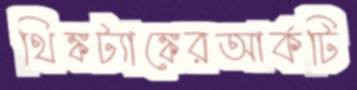
থিঙ্কট্যাঙ্কেরআর্কটি